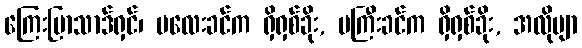
ကြေးပြာသာဒ်ရှင်၊ မလေးခင်က ရှိရှစ်ခိုး, မကြီးခင်က ရှိရှစ်ခိုး, အလိုဗျာ